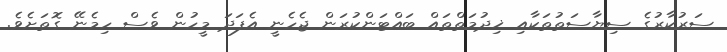
ސަރުކާރުގެ ސިޔާސަތުތަކާއި ޚިދުމަތްތައް ބައްޓަންކުރަން ޖެހެނީ އެފަދަ މީހުން ވެސް ހިމެނޭ ގޮތަށެވެ.